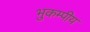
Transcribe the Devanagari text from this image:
भुकम्पीय